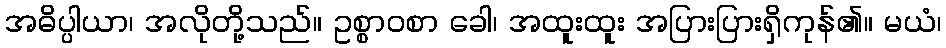
အဓိပ္ပါယာ၊ အလိုတို့သည်။ ဥစ္စာဝစာ ခေါ၊ အထူးထူး အပြားပြားရှိကုန်၏။ မယံ၊